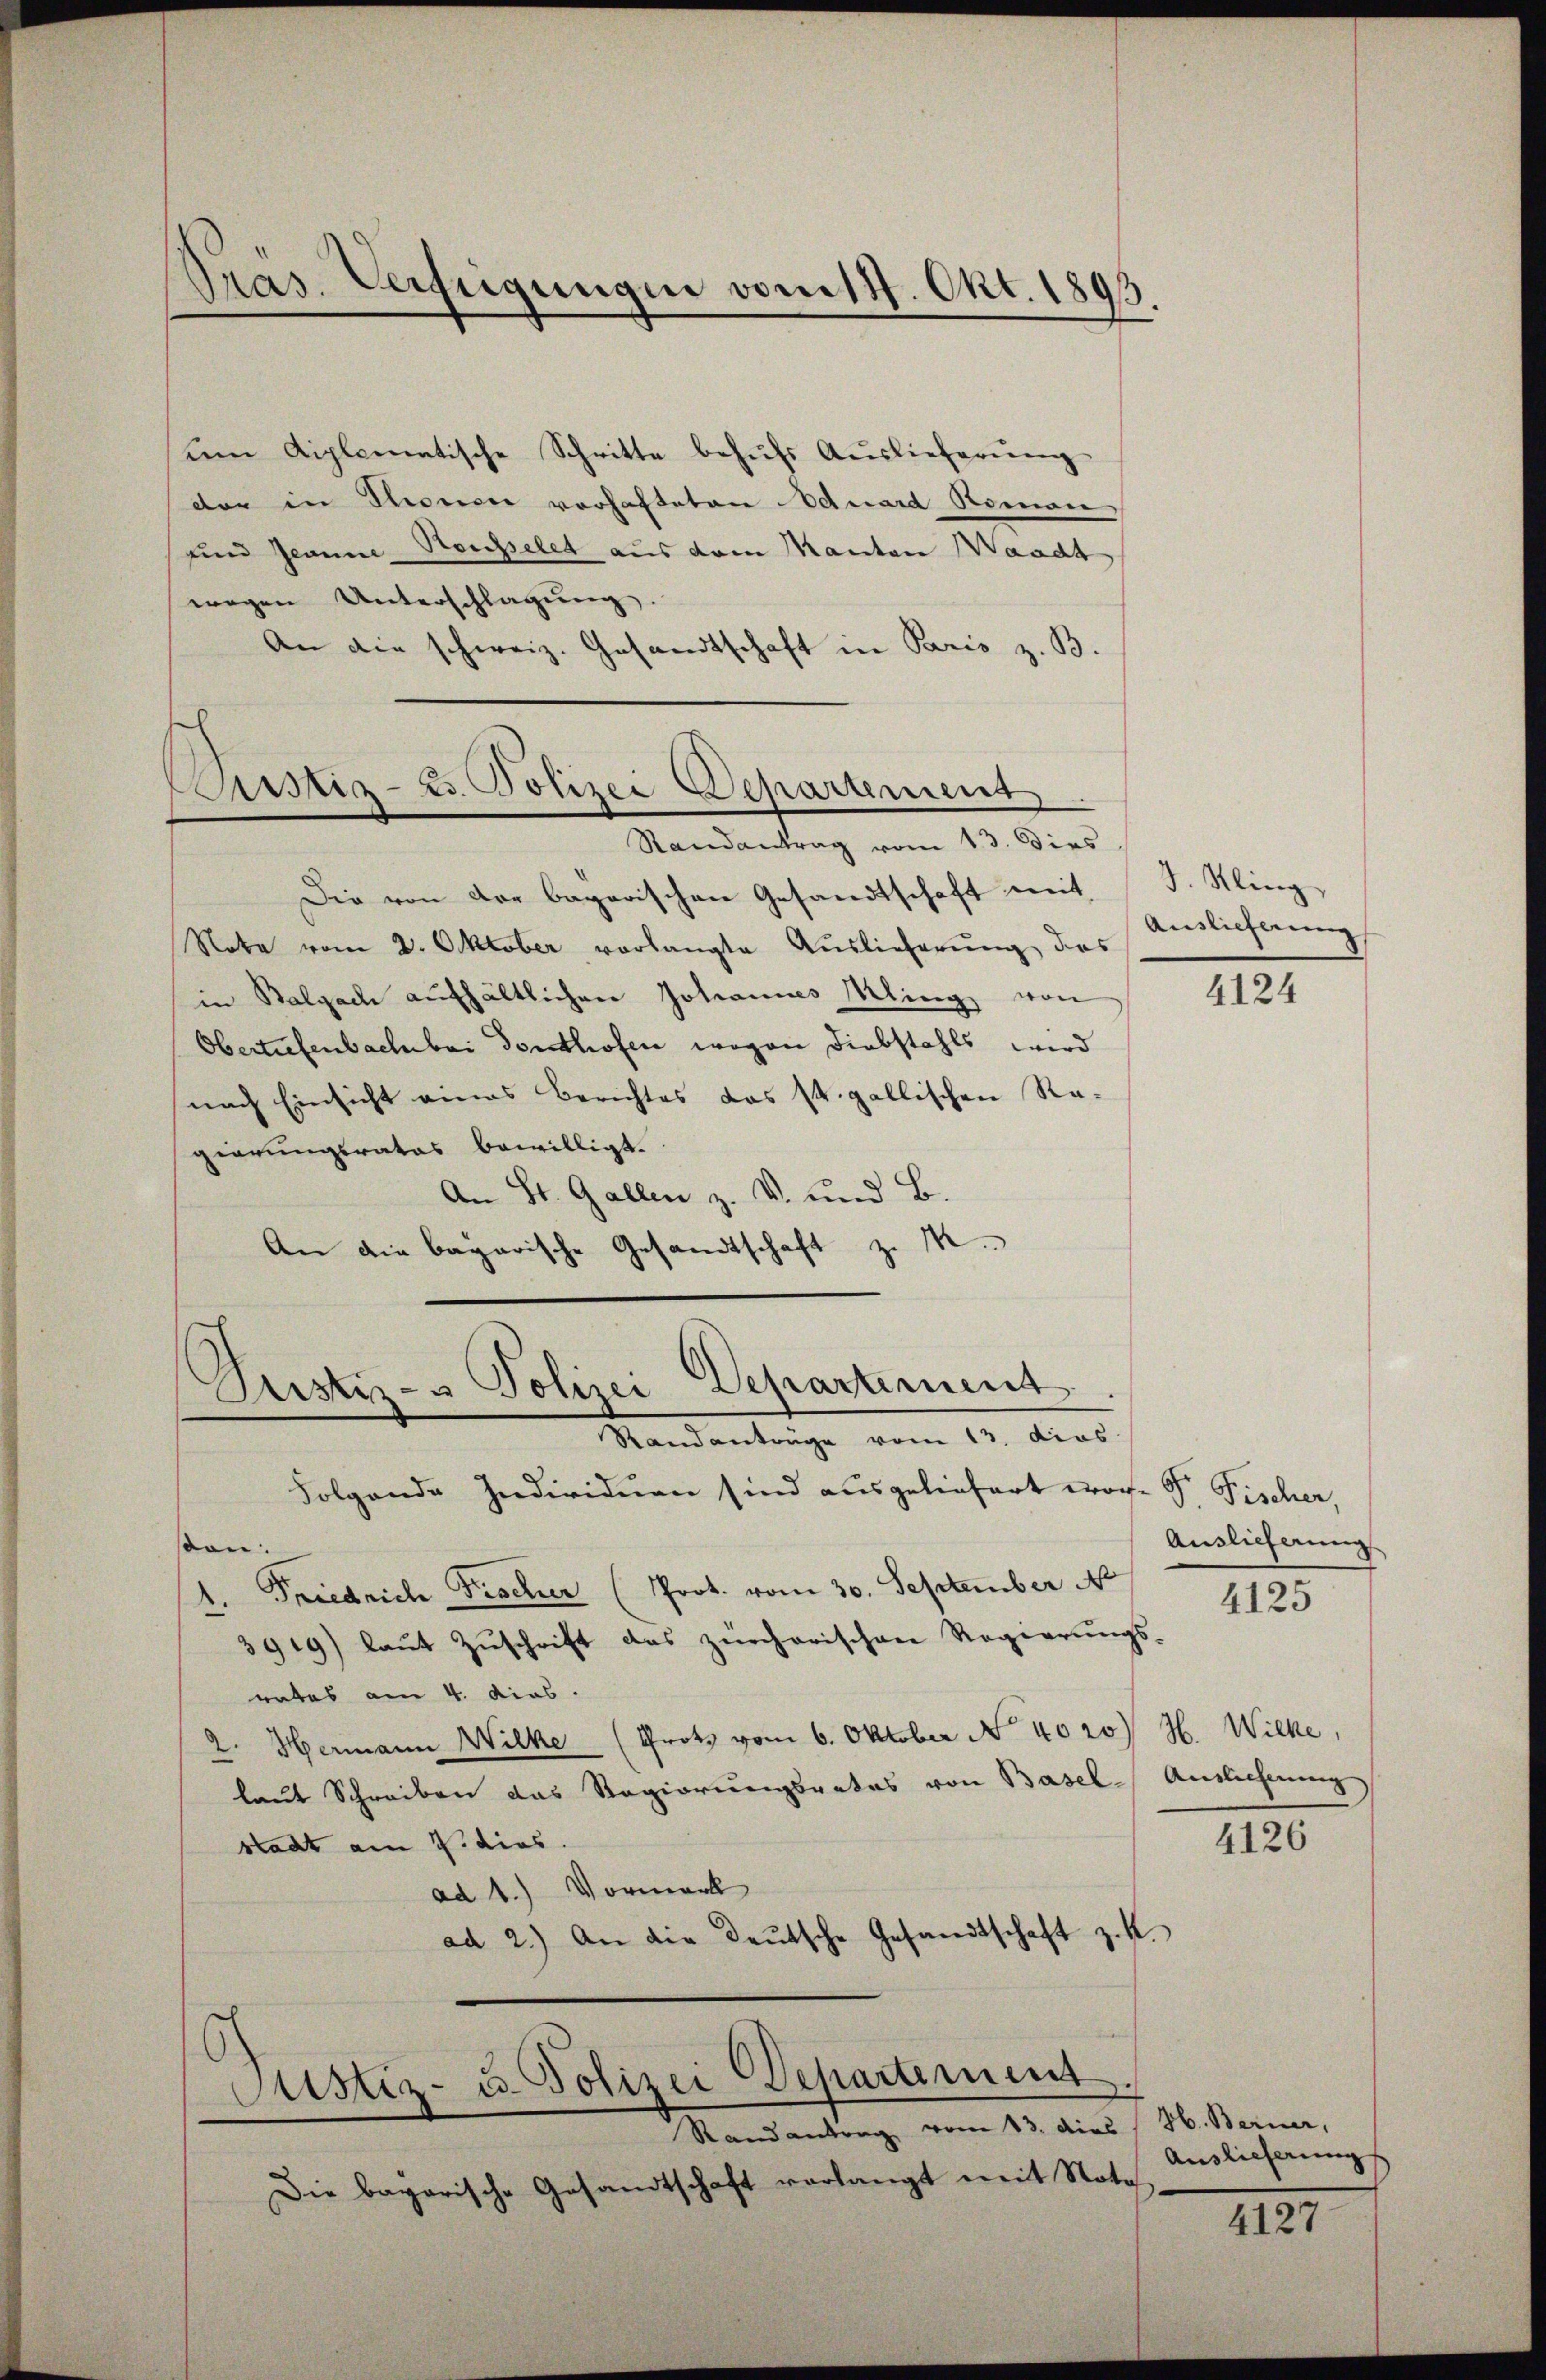
Pras. Verfügungen vom 14. Okt. 1893
¬

ŭm diplomatische Schritte behŭfs Auslieferŭng
dar in Thonen vorhafteten Eduard Romon
und Jeanne Soupelet aus dem Manten Waadt
wegen Unterschlagung.
An die schweiz. Gesandtschaft in Paris z. B.
Die von der bagarischen Gesandtschaft mit
Note vom 2. Oktober vorlangte Auslieferŭng, das
in Balgach aufhältlichen Johannes Ming von
Obertrefenbachbar dorthofen wegen Diebstahls wird
nach Einsicht eines Berichtes das 14. gallischen Ragierungsrates bewilligt.
An St. Gallen z. V. und B.
An die bagarische Gesandtschaft zu M.

Pustiz- & Polizei Departement
Randantrag vom 13. Dies

Justiz- & Polizei Departement
Mandanträge vom 13. dies

Folgende Individuen sind ausgeliefert wor. J. Fischer,
ston.
Friedrich Fischer (Prot. vom 30. September N
3919) laut Zuschrift das zürcherischen Regierungs-
rates am 4. dies
2. Hermann Wilke (Prots vom 6. Oktober No 4020) H. Wicke,
laut Schreiben das Regierungsrates von Basel-Auslieferung
stadt am 2. dies
ad 1.) Vormerk
ad 2.) An die Deutsche Gesandtschaft z. K.
Justiz- u. Polizei Departement
Randantrag vom 13. dies H. Berner,
Die bagarische Gesandtschaft verlangt mit Note

J. Kling
Auslieferung

4124

Auslieferung

4125

4126

Auslieferung

4127